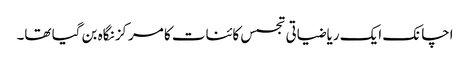
اچانک ایک ریاضیاتی تجسس کائنات کا مرکز نگاہ بن گیا تھا۔